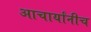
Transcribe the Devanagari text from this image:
आचार्यांनीच